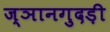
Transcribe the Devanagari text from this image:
ज्ञानगुदड़ी